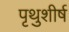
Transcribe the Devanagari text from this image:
पृथुशीर्ष